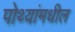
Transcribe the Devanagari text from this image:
पोथ्यांमधील